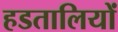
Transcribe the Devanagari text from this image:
हडतालियों